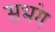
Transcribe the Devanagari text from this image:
सभंग